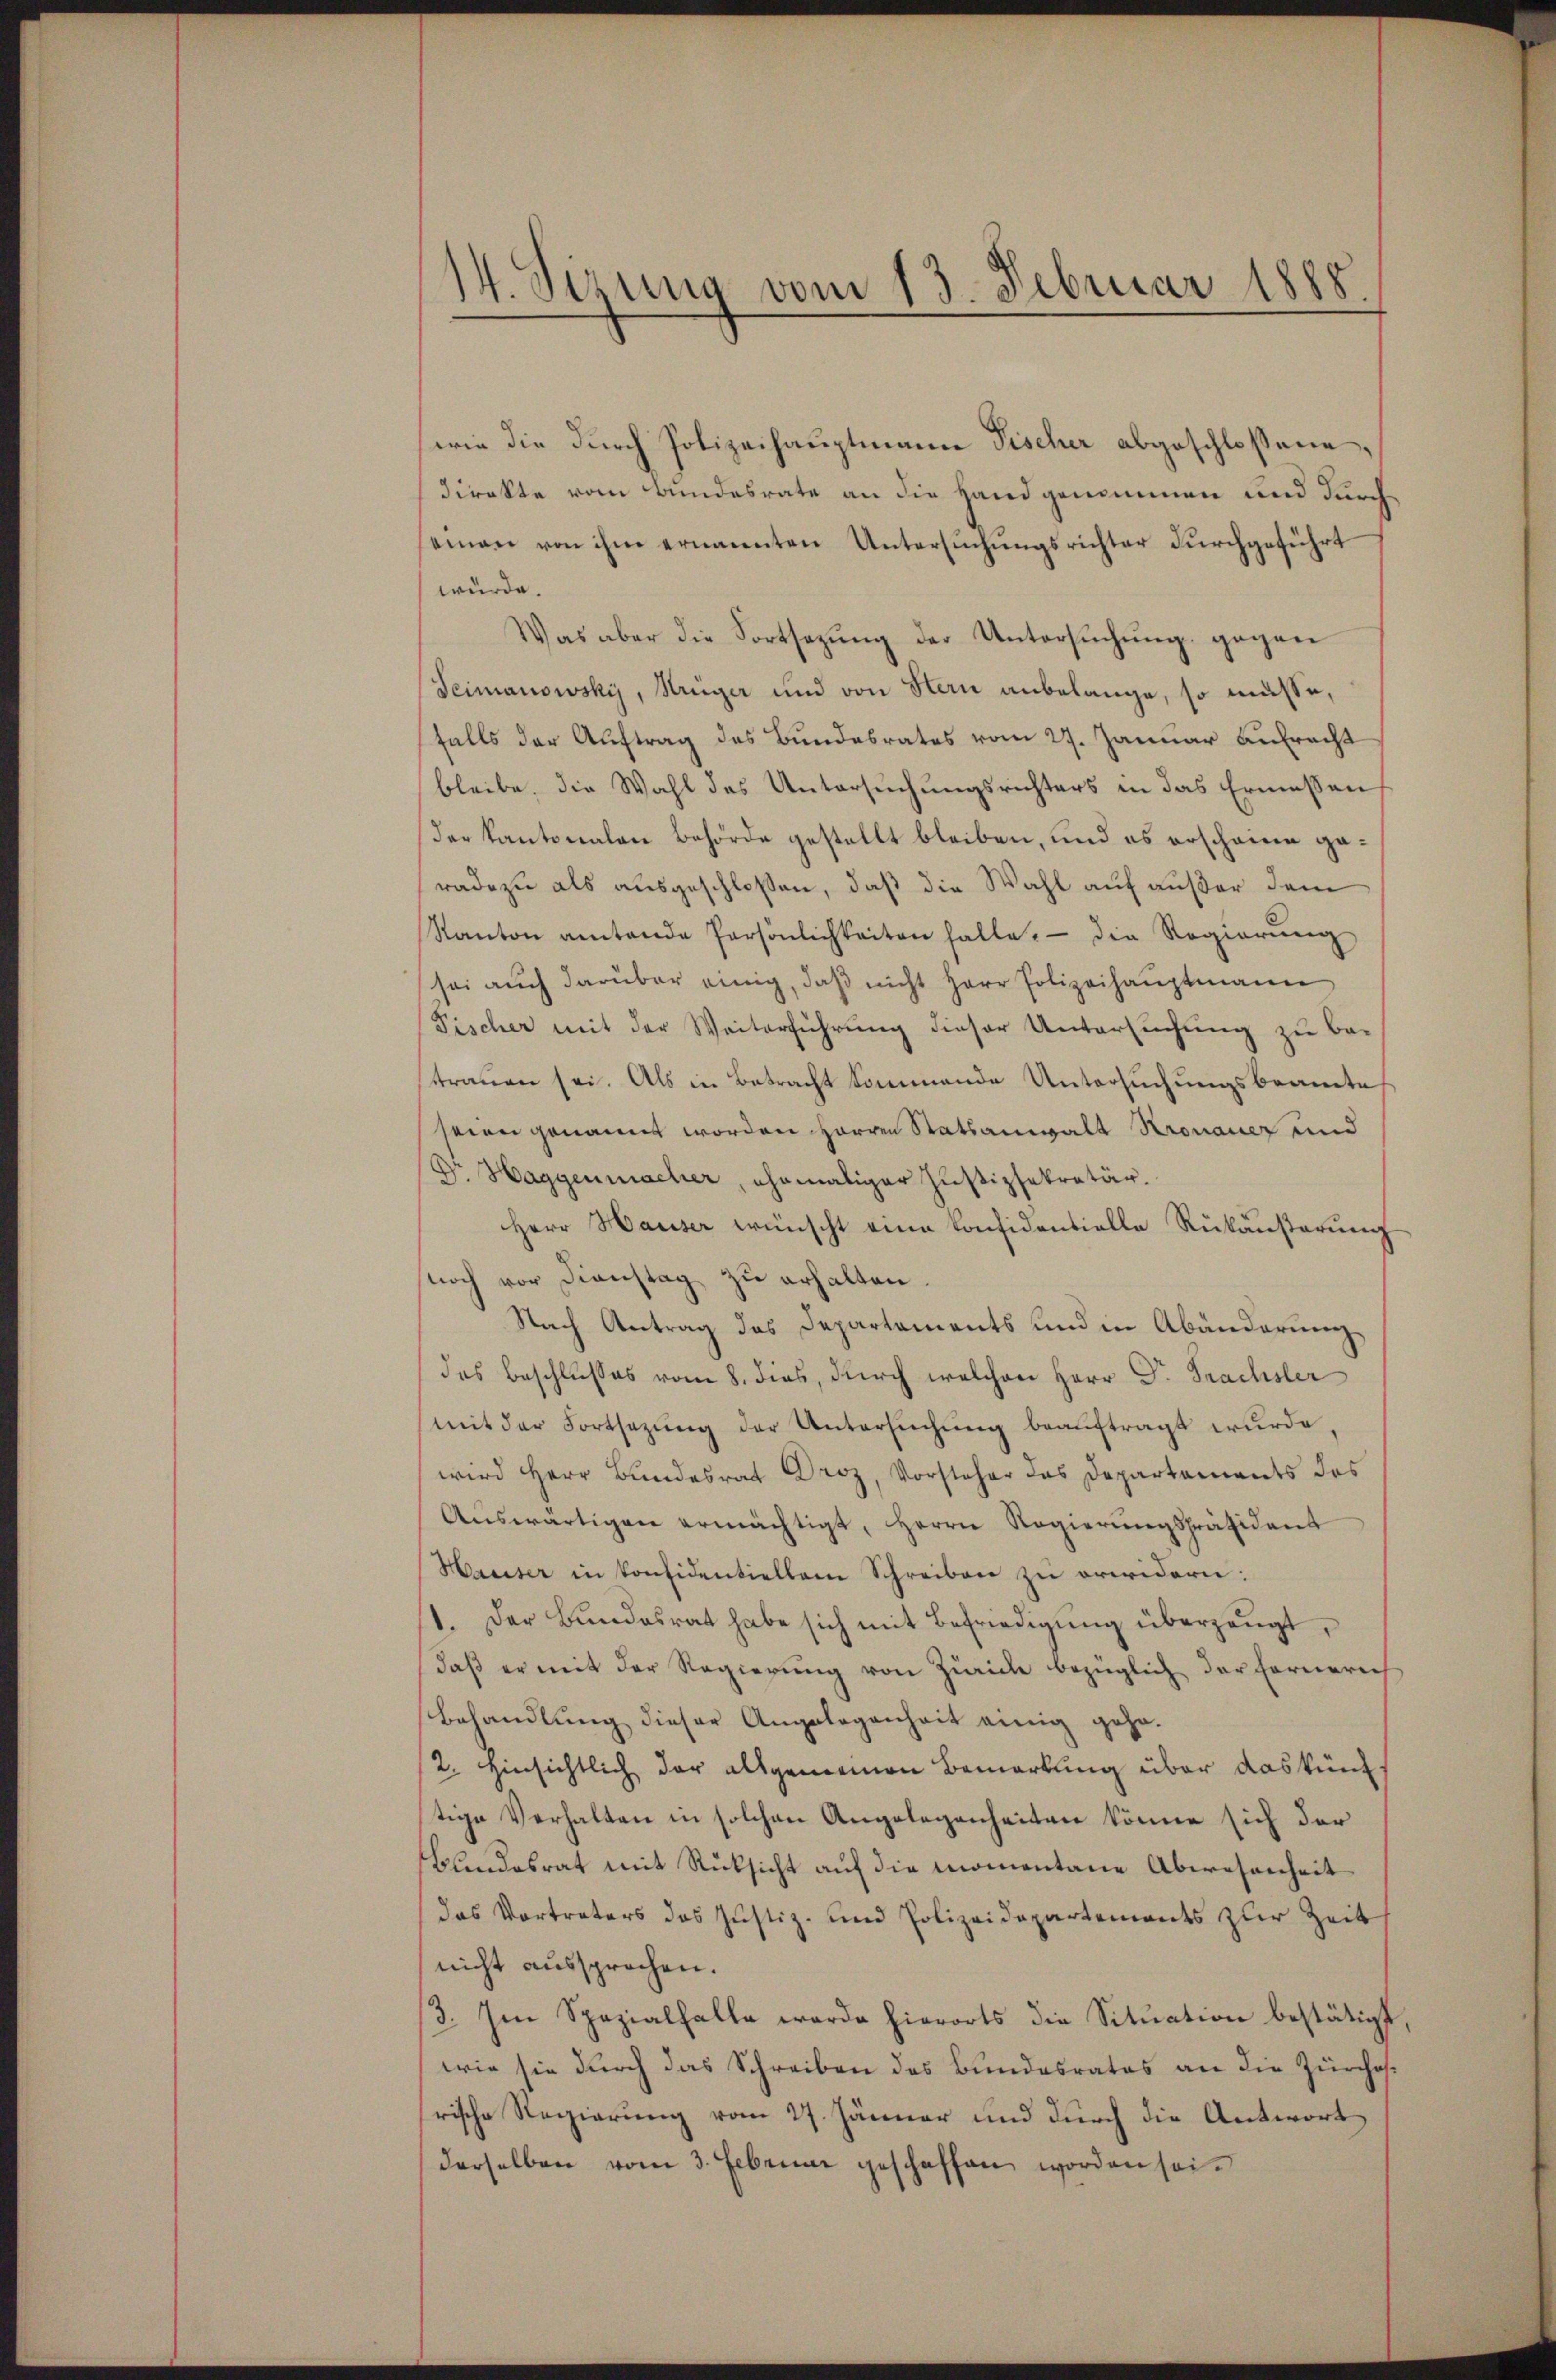
14. Sizung vom 13. Februar 1888

wie die durch Polizeihauptmann Fischer abgeschloßene,
direkte vom Bundesrate an die Handgenommen und durch
seinen von ihm ernannten Untersuchungsrichter durchgeführt
würde.
Was aber die Fortsetzŭng der Untersŭchŭng gegen
Seimanowsky, Krüger und von Stern anbelange, so müsse,
falls der Auftrag des Bundesrates vom 27. Januar Antracht
bleibe, die Wahl des Untersuchungsrichters in das Ermessen
der Kantonalen Behörde gestellt bleiben, und es erscheine geradezu als ausgeschloßen, daß die Wahl auf außer dem
Kanton antende Persönlichkeiten halte. Die Regierŭng
sei auch darüber einig, daß nicht Herr Polizeihauptmann
Fischer mit der Weiterführung dieser Untersuchung zu besttrauen sei. Als in Betracht kommende Untersuchungsbeamte
seien genannt worden Herren Statsanwalt Kronauer und
Dr. Haggenmacher, ehemaliger Justizsekretär.
Herr Hauser wünscht eine konfidentielle Rükäußerung
noch vor Dienstag zu erhalten.
Nach Antrag des Departements und in Abänderung
das Beschlußes vom 8. dies, durch welchen Herr Dr. Prachsler
mit der Fortsezŭng der Untersŭchŭng beaŭftragt wurde,
wird Herr Bundesrat Droz, Vorsteher das Departaments des
Aŭswärtigen ermächtigt, Herrn Regierungspräsident
Haaiser in konsidentiellen Schreiben zu erwidern:
11. Der Bŭndesrat habe sich mit Befriedigŭng überzeugt,
daß er mit der Regierung von Zürich bezüglich der Formerich
Behandlung dieser Angelegenheit einig geho¬
/2. Hinsichtlich der allgemeinen Bemerkung über das künftige Verhalten in solchen Angelegenheiten könne sich der
Bundesrat mit Rücksicht auf die momentane Abwesenheit
das Vortreters das Justiz- und Polizeidepartements zur Zeit
nicht aussprochen.
/3. Im Spezialfalle werde hierorts die Sitŭation bestätigt,
wie sie durch das Schreiben des Bundesrates an die Zürcherische Regierung vom 27. Jänner und durch die Antwort
derselben vom 3. Februar geschaffen worden sei.